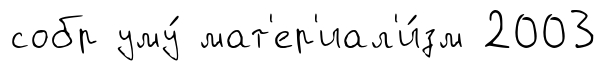
собр уму́ мат'ер'иал'и́зм 2003